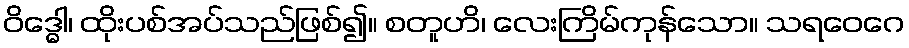
ဝိဒ္ဓေါ၊ ထိုးပစ်အပ်သည်ဖြစ်၍။ စတူဟိ၊ လေးကြိမ်ကုန်သော။ သရဝေဂေ